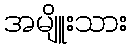
အမျိူးသား